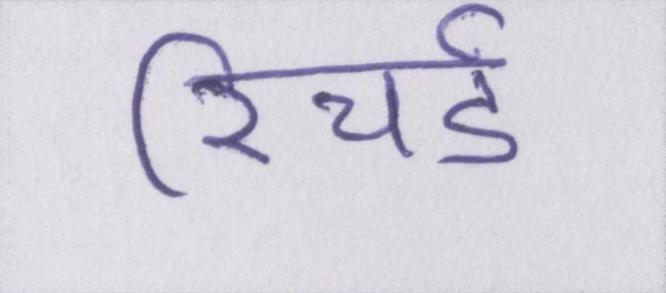
रिचर्ड